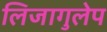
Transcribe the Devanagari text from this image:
लिजागुलेप